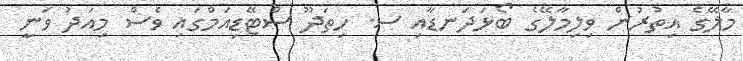
މާލޭގެ އިތުރުން ވިލިމާލޭގެ ބޯޅަދަނޑާއި ސ. ހިތަދޫ ސްޓޭޑިއަމްގައި ވެސް މިއަދު ވަނީ